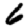
Digit: 6